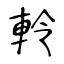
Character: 軨